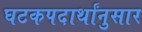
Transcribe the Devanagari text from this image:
घटकपदार्थांनुसार